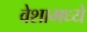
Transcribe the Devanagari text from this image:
वेशामध्ये